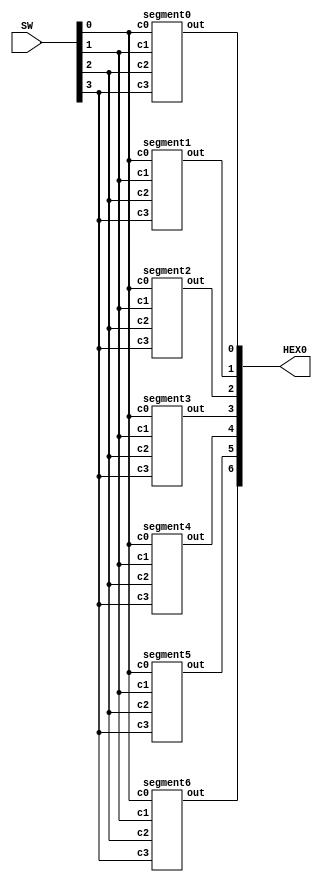
`timescale 1ns / 1ns

module hexdecoder(HEX0, SW);
    input [3:0] SW;
    output [6:0] HEX0;

	 segment0 seg0(
			.c3(SW[3]),
			.c2(SW[2]),
			.c1(SW[1]),
			.c0(SW[0]),
			.out(HEX0[0])
			);
		  
	 segment1 seg1(
			.c3(SW[3]),
			.c2(SW[2]),
			.c1(SW[1]),
			.c0(SW[0]),
			.out(HEX0[1])
			);
		  
	 segment2 seg2(
			.c3(SW[3]),
			.c2(SW[2]),
			.c1(SW[1]),
			.c0(SW[0]),
			.out(HEX0[2])
			);
		  
	 segment3 seg3(
			.c3(SW[3]),
			.c2(SW[2]),
			.c1(SW[1]),
			.c0(SW[0]),
			.out(HEX0[3])
			);
		  
	 segment4 seg4(
			.c3(SW[3]),
			.c2(SW[2]),
			.c1(SW[1]),
			.c0(SW[0]),
			.out(HEX0[4])
			);
		  
	 segment5 seg5(
			.c3(SW[3]),
			.c2(SW[2]),
			.c1(SW[1]),
			.c0(SW[0]),
			.out(HEX0[5])
			);
		  
	 segment6 seg6(
			.c3(SW[3]),
			.c2(SW[2]),
			.c1(SW[1]),
			.c0(SW[0]),
			.out(HEX0[6])
			);
		  
endmodule

module segment0(c3, c2, c1, c0, out);
	 input c3, c2, c1, c0;
	 output out;
	 
	 assign out = !((c3 & ~c2 & ~c1) | (c3 & ~c0) | (c2 & c1) | (c2 & c0 & ~c3) | (c1 & ~c3) | (~c2 & ~c0));
	 
endmodule

module segment1(c3, c2, c1, c0, out);
	 input c3, c2, c1, c0;
	 output out;
	 
	 assign out = !((c3 & c0 & ~c1) | (c1 & c0 & ~c3) | (~c3 & ~c1 & ~c0) | (~c2 & ~c1) | (~c2 & ~c0));
	 
endmodule

module segment2(c3, c2, c1, c0, out);
	 input c3, c2, c1, c0;
	 output out;
	 
	 assign out = !((c3 & ~c2) | (~c3 & c2) | (~c3 & c0) | (~c1 & c0) | (~c3 & ~c1));
	 
endmodule

module segment3(c3, c2, c1, c0, out);
	 input c3, c2, c1, c0;
	 output out;
	 
	 assign out = !((c3 & c2 & ~c0) | (c3 & ~c1 & ~c0) | (c2 & c0 & ~c1) | (c1 & c0 & ~c2) | (c1 & ~c3 & ~c0) | (~c3 & ~c2 & ~c0) | (~c2 & ~c1 & ~c0));
	 
endmodule

module segment4(c3, c2, c1, c0, out);
	 input c3, c2, c1, c0;
	 output out;
	 
	 assign out = !((c3 & c2) | (c3 & c1) | (c1 & ~c0) | (~c2 & ~c0));
	 
endmodule

module segment5(c3, c2, c1, c0, out);
	 input c3, c2, c1, c0;
	 output out;
	 
	 assign out = !((c3 & c1) | (c3 & ~c2) | (~c3 & c2 & ~c1) | (c2 & ~c0) | (~c1 & ~c0));
	 
endmodule

module segment6(c3, c2, c1, c0, out);
	 input c3, c2, c1, c0;
	 output out;
	 
	 assign out = !((c3 & c0) | (c3 & ~c2) | (~c3 & c2 & ~c1) | (c1 & ~c2) | (c1 & ~c0));
	 
endmodule